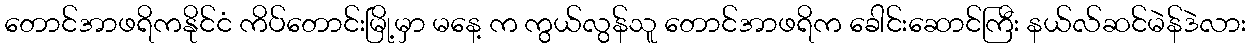
တောင်အာဖရိကနိုင်ငံ ကိပ်တောင်းမြို့မှာ မနေ့ က ကွယ်လွန်သူ တောင်အာဖရိက ခေါင်းဆောင်ကြီး နယ်လ်ဆင်မဲန်ဒဲလား